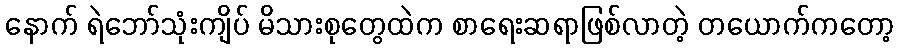
နောက် ရဲဘော်သုံးကျိပ် မိသားစုတွေထဲက စာရေးဆရာဖြစ်လာတဲ့ တယောက်ကတော့